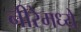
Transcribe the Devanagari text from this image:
नीरेमध्ये